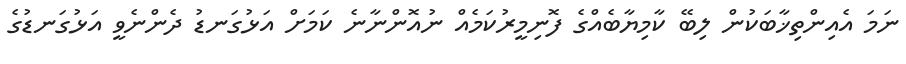
ނަމަ އެއިންތިޚާބަކުން ލިބޭ ކާމިޔާބެއްގެ ފޮނިމީރުކަމެއް ނުއޮންނާނެ ކަމަށް އަޅުގަނޑު ދެންނެވީ އަޅުގަނޑުގެ